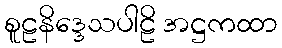
စူဠနိဒ္ဒေသပါဠိ အဋ္ဌကထာ